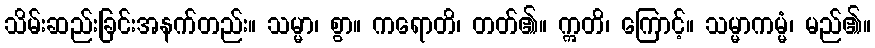
သိမ်းဆည်းခြင်းအနက်တည်း။ သမ္မာ၊ စွာ။ ကရောတိ၊ တတ်၏။ ဣတိ၊ ကြောင့်။ သမ္မာကမ္မံ၊ မည်၏။